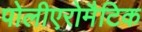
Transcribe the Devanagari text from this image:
पोलीएरोमैटिक